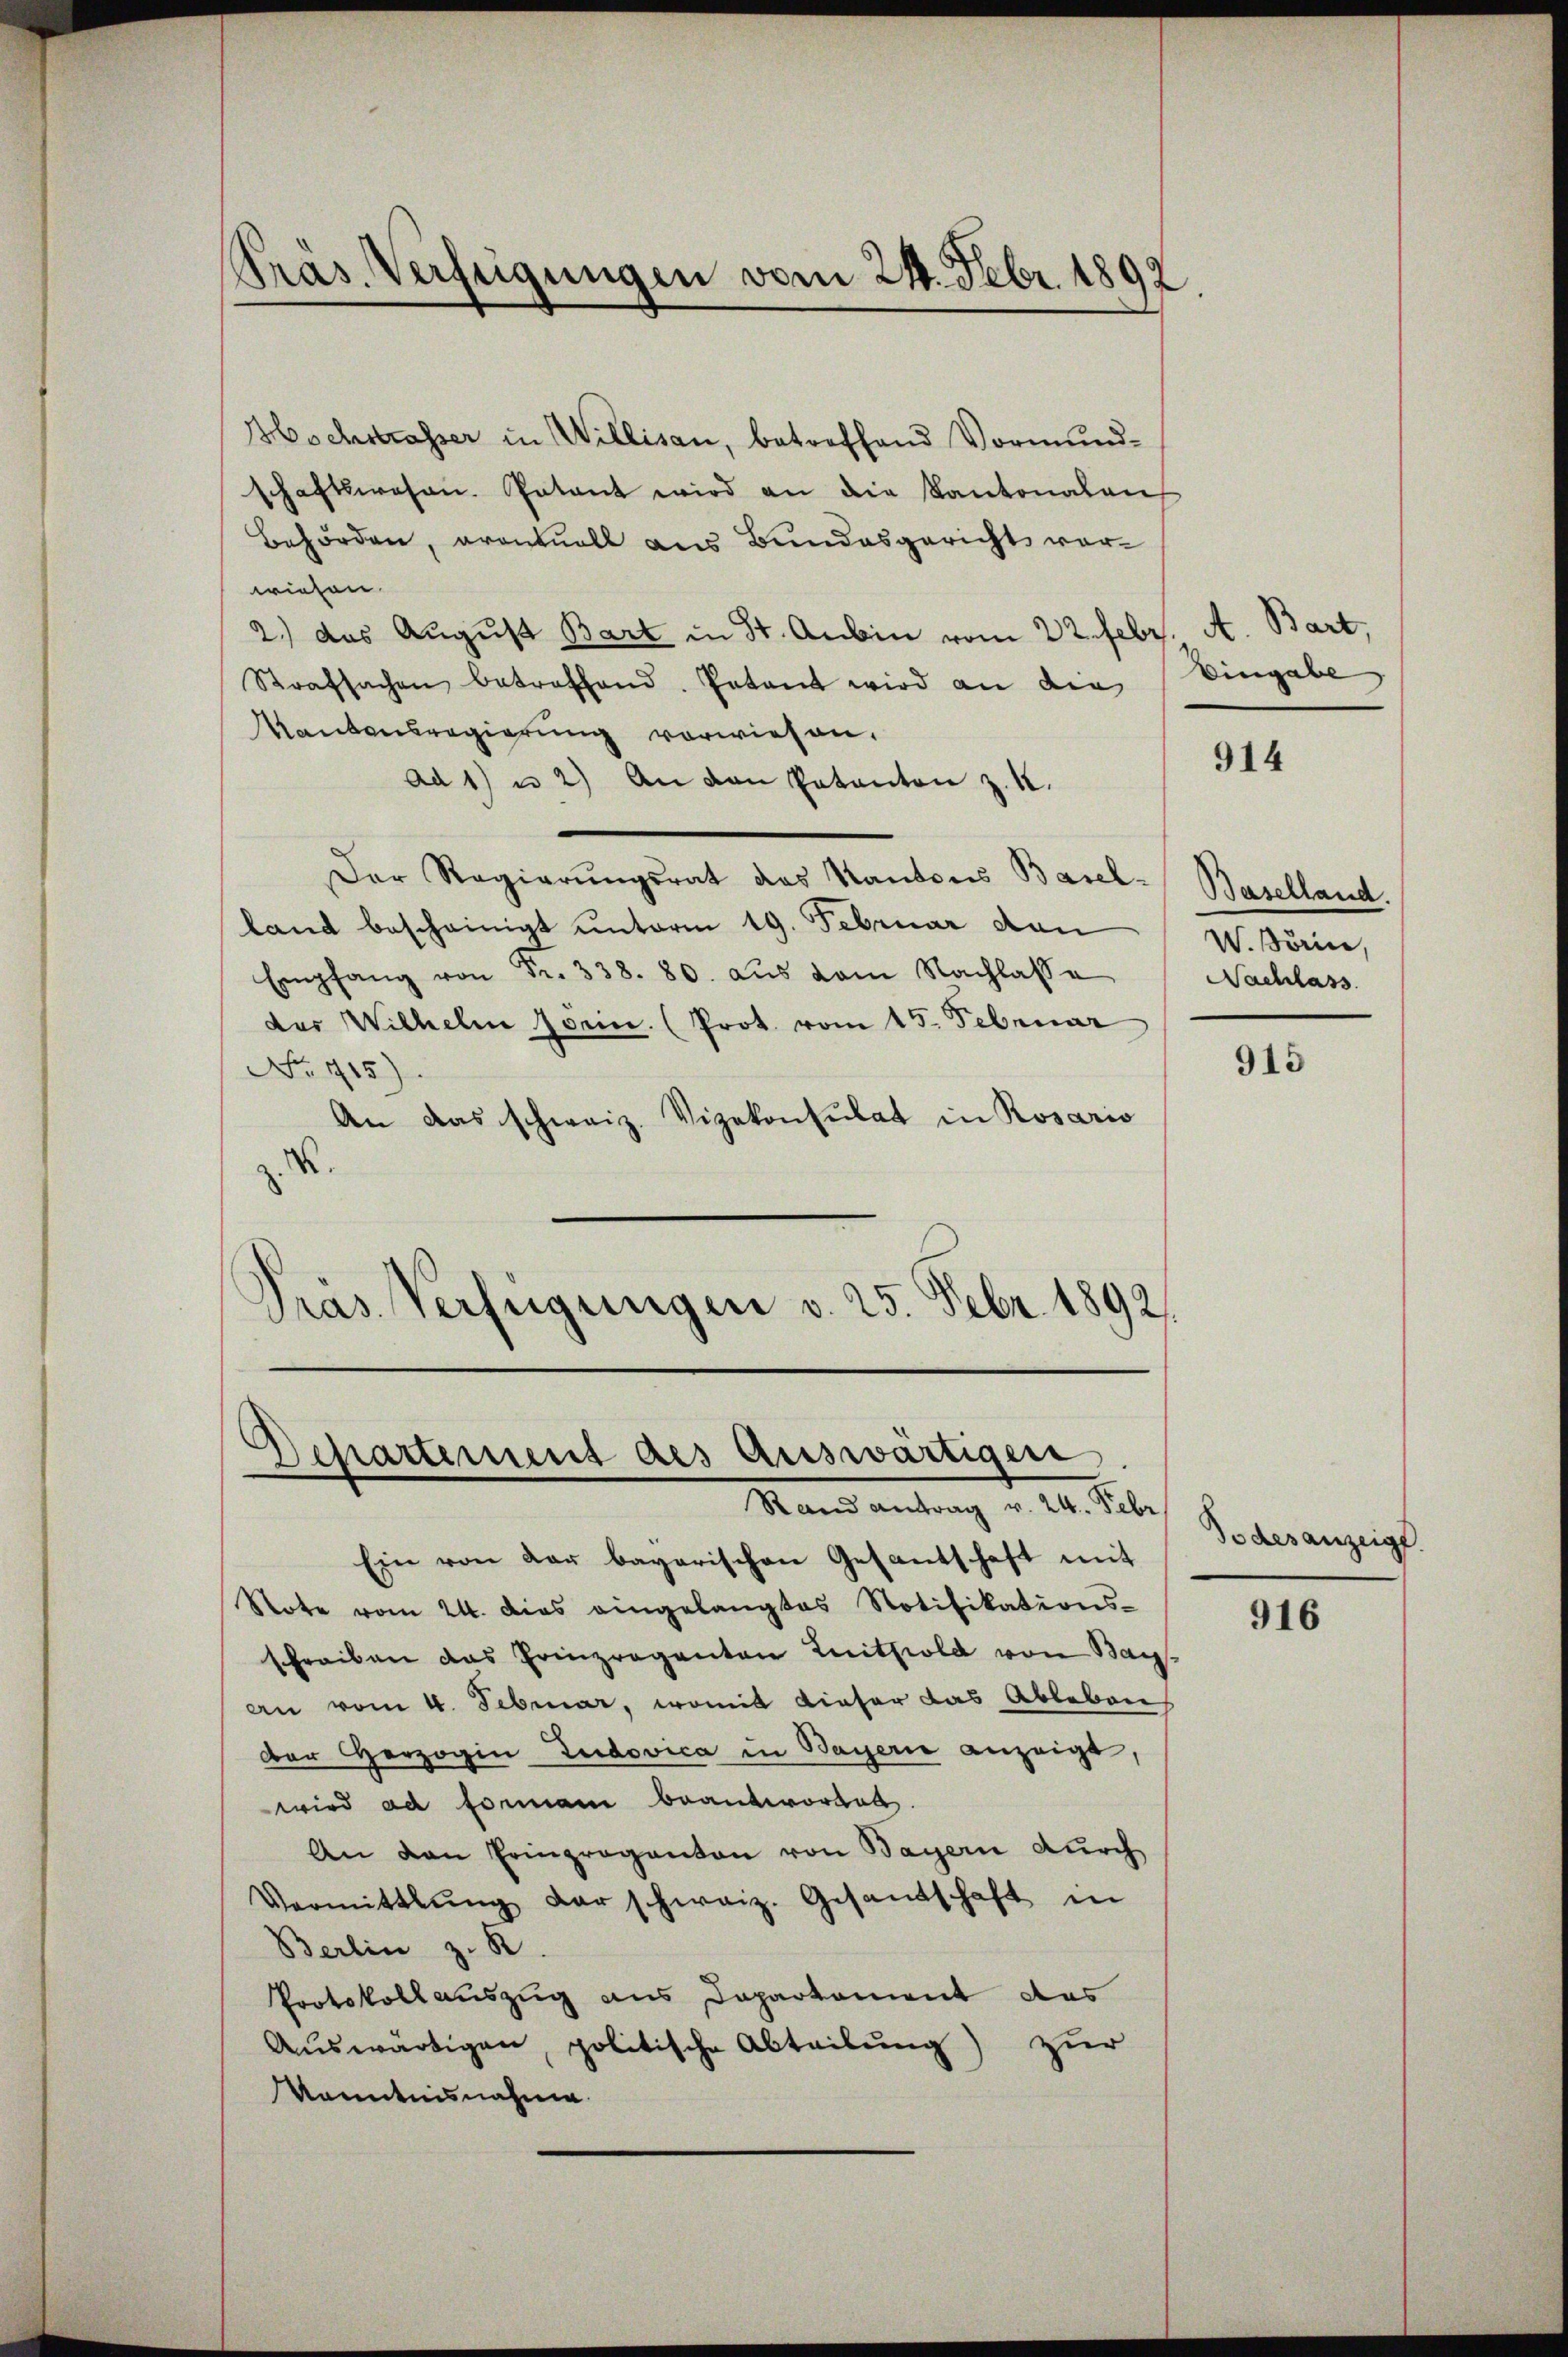
Hochstrasser in Willisau, betreffend Vormundschaftswesen. Patant wird an die Kantonalen
Behörden, eventuell aus Bundesgericht vorwiesen.
2.) das August Bart in St. Aubin vom 22. Febr. A. Bart,
Strafsachen betreffend. Patant wird an die
Kantonsregierung vorwiesen.
Ad 1) u 2) An den Patanton z. K.
Der Regierŭngsrat das Kantons Basel-Baselland.
land bescheinigt unterm 19. Februar dan
Empfang von Fr. 338. 80. aŭs vom Nachlasse
der Wilhelm Jörin. (Prot. vom 15. Februar
No 715).
An das schweiz. Vizekonsulat in Rosario
z. R.
d
Gras Verfügungen v. 25. Febr. 1892.

Präs. Verfügungen vom 24. Febr. 1892

Departement des Auswärtigere
Rand Antrag v. 24. Febr.

Eingabe

Ein von der bayerischen Gesantschaft mit
Note vom 24. dies eingelangtes Notifikations-
schreiben das Prinzraganten Lithold von Bayan vom 4. Februar, womit dieser das Ableben
der Herzogin Zudovica in Bayern anzeigt,
wird ad formann beantworden.
An den Erinpraganten von Bayern durch
Vermittlung der schweiz. Gesandschaft in
Berlin z. R.
Protokollauszug aus Departement das
Aŭswärtigen, politische Abteilung) zur
Kenntnisnahme

914

W.Börin,
Nachlass

915

Todesanzeige

916